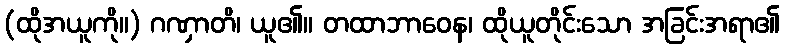
(ထိုအယူကို။) ဂဏှာတိ၊ ယူ၏။ တထာဘာဝေန၊ ထိုယူတိုင်းသော အခြင်းအရာ၏